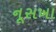
નૂસખા